Piroplasma canis and its life cycle in the tick - Number 29
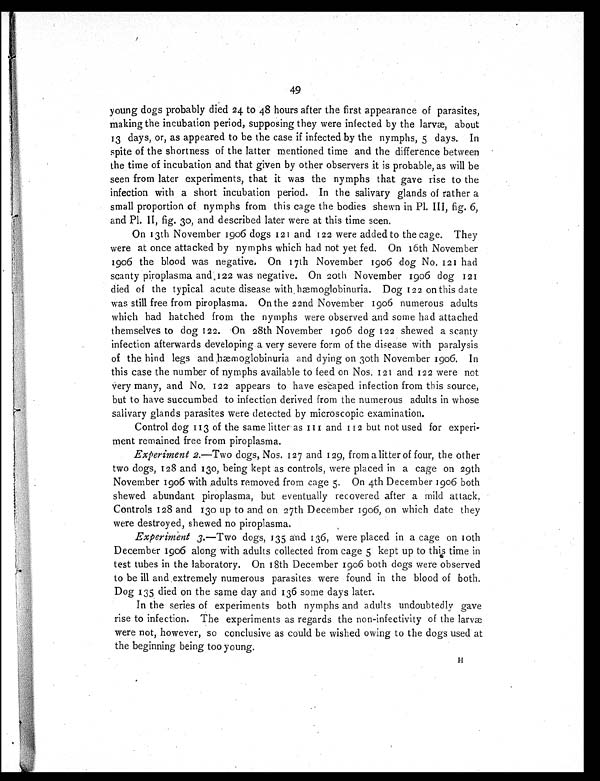
49
young dogs probably died 24 to 48 hours after the first appearance of parasites,
making the incubation period, supposing they were infected by the larvæ, about
13 days, or, as appeared to be the case if infected by the nymphs, 5 days. In
spite of the shortness of the latter mentioned time and the difference between
the time of incubation and that given by other observers it is probable, as will be
seen from later experiments, that it was the nymphs that gave rise to the
infection with a short incubation period. In the salivary glands of rather a
small proportion of nymphs from this cage the bodies shewn in Pl. III, fig. 6,
and Pl. II, fig. 30, and described later were at this time seen.
On 13th November 1906 dogs 121 and 122 were added to the cage. They
were at once attacked by nymphs which had not yet fed. On 16th November
1906 the blood was negative. On 17th November 1906 dog No, 121 had
scanty piroplasma and 122 was negative. On 20th November 1906 dog 121
died of the typical acute disease with hæmoglobinuria. Dog 122 on this date
was still free from piroplasma. On the 22nd November 1906 numerous adults
which had hatched from the nymphs were observed and some had attached
themselves to dog 122. On 28th November 1906 dog 122 shewed a scanty
infection afterwards developing a very severe form of the disease with paralysis
of the hind legs and hæmoglobinuria and dying on 30th November 1906. In
this case the number of nymphs available to feed on Nos. 121 and 122 were not
very many, and No. 122 appears to have escaped infection from this source,
but to have succumbed to infection derived from the numerous adults in whose
salivary glands parasites were detected by microscopic examination.
Control dog 113 of the same litter as 111 and 112 but not used for experi-
ment remained free from piroplasma.
Experiment 2.—Two dogs, Nos. 127 and 129, from a litter of four, the other
two dogs, 128 and 130, being kept as controls, were placed in a cage on 29th
November 1906 with adults removed from cage 5. On 4th December 1906 both
shewed abundant piroplasma, but eventually recovered after a mild attack.
Controls 128 and 130 up to and on 27th December 1906, on which date they
were destroyed, shewed no piroplasma.
Experiment 3.—Two dogs, 135 and 136, were placed in a cage on 10th
December 1906 along with adults collected from cage 5 kept up to this time in
test tubes in the laboratory. On 18th December 1906 both dogs were observed
to be ill and extremely numerous parasites were found in the blood of both.
Dog 135 died on the same day and 136 some days later.
In the series of experiments both nymphs and adults undoubtedly gave
rise to infection. The experiments as regards the non-infectivity of the larvæ
were not, however, so conclusive as could be wished owing to the dogs used at
the beginning being too young.
H